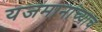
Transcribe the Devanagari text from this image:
यजमानांच्याच